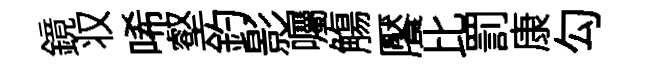
鏡𠬧唏壑釣影囑觴饜比罰康勾